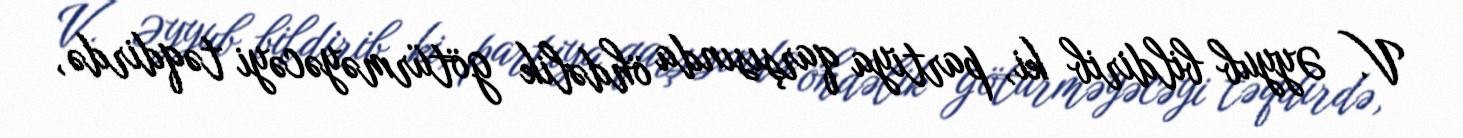
V. Əyyub bildirib ki, partiya qarşısında öhdəlik götürməyəcəyi təqdirdə,